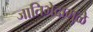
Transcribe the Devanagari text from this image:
जातिभेदामुळे